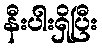
နီးပါးရှိပြီး